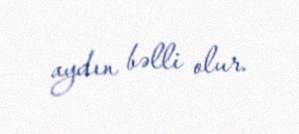
aydın bəlli olur.